Vaccination North-Western Provinces and Oudh 1896-1901 - 1896-1901
Year: 1896
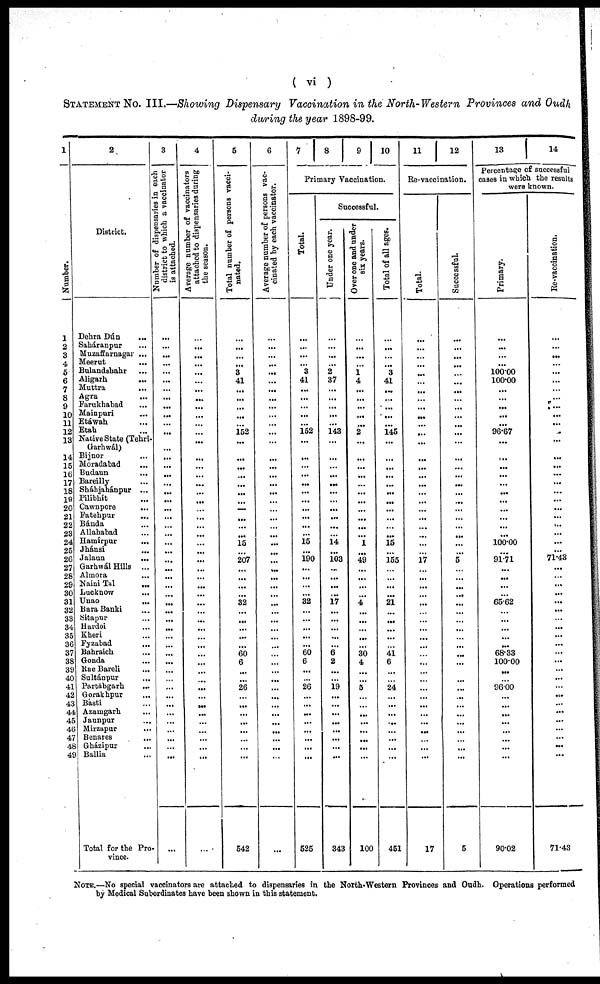
( vi )
STATEMENT No. III.—Showing Dispensary Vaccination in the North- Western Provinces and Oudh
during the year 1898-99.
1
Number.
1
2
3
4
5
6
7
8
9
10
11
12
13
14
15
16
17
18
19
20
21
22
23
24
25
26
27
28
29
30
31
32
33
34
35
36
37
38
39
40
41
42
43
44
45
46
47
48
49
2
District.
Dehra Dún
...
Saháranpur ...
Muzaffarnagar ...
Meerut ...
Bulandshahr ...
Aligarh ...
Muttra
...
Agra
...
Farukhabad ...
Mainpuri ...
Etáwah ...
Etah ...
Native State (Tehri¬
Garhwál)
Bijnor ...
Moradabad
...
Budaun ...
Bareilly ...
Sháhjahánpur ...
Pilibhít ...
Cawnpore
...
Fatehpur ...
Bánda ...
Allahabad ...
Hamírpur
...
Jhánsi
...
Jalaun
...
Garhwál Hills ...
Almora ...
Naini Tal ...
Lucknow ...
Unao
...
Bara Banki ...
Sitapur ...
Hardoi ...
Kheri ...
Fyzabad
...
Bahraich ...
Gonda ...
Rae Bareli ...
Sultánpur ...
Partábgarh ...
Gorakhpur ...
Básti ...
Azamgarh ...
Jaunpur ...
Mirzapur ...
Benares ...
Gházípur ...
Ballia ...
Total for the Pro¬
vince.
3
N umber or dispensaries in each
district to which a vaccinator
is attached.
...
...
...
...
...
...
...
...
...
...
...
...
...
...
...
...
...
...
...
...
...
...
...
...
...
...
...
...
...
...
...
...
...
...
...
...
...
...
...
...
...
...
...
...
...
...
...
...
...
...
4
Average number of vaccinators
attached to dispensaries during
the season.
...
...
...
...
...
...
...
...
...
...
...
...
...
...
...
...
...
...
...
...
...
...
...
...
...
...
...
...
...
...
...
...
...
...
...
...
...
...
...
...
...
...
...
...
...
...
...
...
...
...
5
Total number of persons vacci-
nated.
...
...
...
...
3
41
...
...
...
...
...
152
...
...
...
...
...
...
...
...
...
...
...
15
...
207
...
...
...
...
32
...
...
...
...
...
60
6
...
...
26
...
...
...
...
...
...
...
...
542
6
Average number of persons vac-
cinated by each vaccinator.
...
...
...
...
...
...
...
...
...
...
...
...
...
...
...
...
...
...
...
...
...
...
...
...
...
...
...
...
...
...
...
...
...
...
...
...
...
...
...
...
...
...
...
...
...
...
...
...
...
...
7
8
9 10
Primary Vaccination.
Total.
...
...
...
...
3
41
...
...
...
...
...
152
...
...
...
...
...
...
...
...
...
...
...
15
...
190
...
...
...
...
32
...
...
...
...
...
60
6
...
...
26
...
...
...
...
...
...
...
...
525
Successful.
Under one year.
...
...
...
...
2
37
...
...
...
...
...
143
...
...
...
...
...
...
...
...
...
...
...
14
...
103
...
...
...
...
17
...
...
...
...
...
6
2
...
...
19
...
...
...
...
...
...
...
...
343
Over one and under
six years.
...
...
...
...
1 4
...
...
...
...
...
2
...
...
...
...
...
...
...
...
...
...
...
1
...
49
...
...
...
...
4
...
...
...
...
...
30
4
...
...
5
...
...
...
...
...
...
...
100
Total of all ages.
...
...
...
...
3
41
...
...
...
...
...
145
...
...
...
...
...
...
...
...
...
...
...
15
...
155
...
...
...
...
21
...
...
...
...
...
41
6
...
...
24
...
...
...
...
...
...
...
...
451
11
12
Re-vaccination.
Total.
...
...
...
...
...
...
...
...
...
...
...
...
...
...
...
...
...
...
...
...
...
...
...
...
...
17
...
...
...
...
...
...
...
...
...
...
...
...
...
...
...
...
...
...
...
...
...
...
17
Successful.
...
...
...
...
...
...
...
...
...
...
...
...
...
...
...
...
...
...
...
...
...
...
...
...
...
5
...
...
...
...
...
...
...
...
...
...
...
...
...
...
...
...
...
...
...
...
...
...
...
5
13
14
Percentage of successful
cases in which the results
were known.
Primary.
...
...
...
...
100.00
100.00
...
...
...
...
...
96.67
...
...
...
...
...
...
...
...
...
...
...
100.00
...
91.71
...
...
...
...
65.62
...
...
...
...
...
68.33
100.00
...
...
96.00
...
...
...
...
...
...
...
...
90.02
Re-vaccination.
...
...
...
...
...
...
...
...
...
...
...
...
...
...
...
...
...
...
...
...
...
...
...
...
...
71.43
...
...
...
...
...
...
...
...
...
...
...
...
...
...
...
...
...
...
...
...
...
...
...
71.43
NOTE.—No special vaccinators are attached to dispensaries in the North-Western Provinces and Oudh. Operations performed
by Medical Subordinates have been shown in this statement.